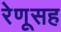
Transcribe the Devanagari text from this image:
रेणूसह